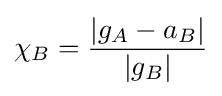
\chi _{B}={\frac {|g_{A}-a_{B}|}{|g_{B}|}}